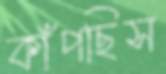
কাঁপছিস